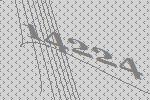
14224